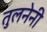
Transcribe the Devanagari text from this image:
तुलनेनी